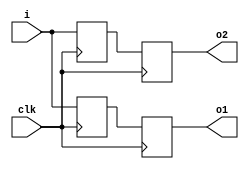
module DDR_INPUT(
 output reg o1,
 output reg o2,
 input i,
 input clk);

reg _o1, _o2;

always @ (posedge clk)
  begin
   o1 = _o1;
   o2 = _o2;
  end

always @ (posedge clk)
    begin
        _o1 = i;
    end

always @ (negedge clk)
    begin
        _o2 = i;
    end
endmodule